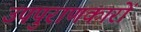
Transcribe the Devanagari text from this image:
उपपुराणकारों